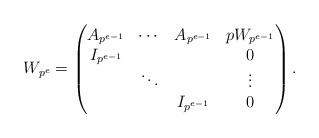
\begin{align*} W_{p^e} = \begin{pmatrix} A_{p^{e-1}} & \cdots & A_{p^{e-1}} & pW_{p^{e-1}} \\I_{p^{e-1}} & & & 0 \\ &\ddots & & \vdots \\ & & I_{p^{e-1}} & 0 \end{pmatrix}.\end{align*}